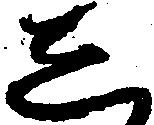
し